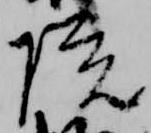
院